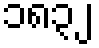
၁၈၃၂